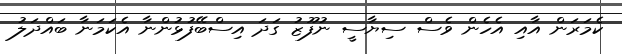
ކެމަރަން އާއި އެހެން ވެސް ސިޔާސީ ނުފޫޒު ގަދަ އިސްބޭފުޅުންނާ އެކަމަނާ ބައްދަލު